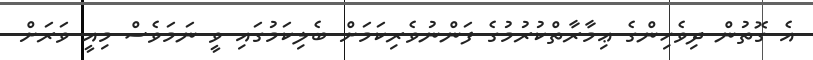
އެ ގޮތުން ދިވެހިންގެ ޢިމާރާތްކުރުމުގެ ފަންނުވެރިކަމަށް ބެލިކަމުގައި ވީ ނަމަވެސް މިއީ ވަރަށް